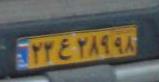
۲۳ع۲۸۹۲۸